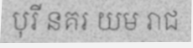
បុរី នគរ យម រាជ